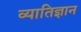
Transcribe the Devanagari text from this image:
व्यातिज्ञान